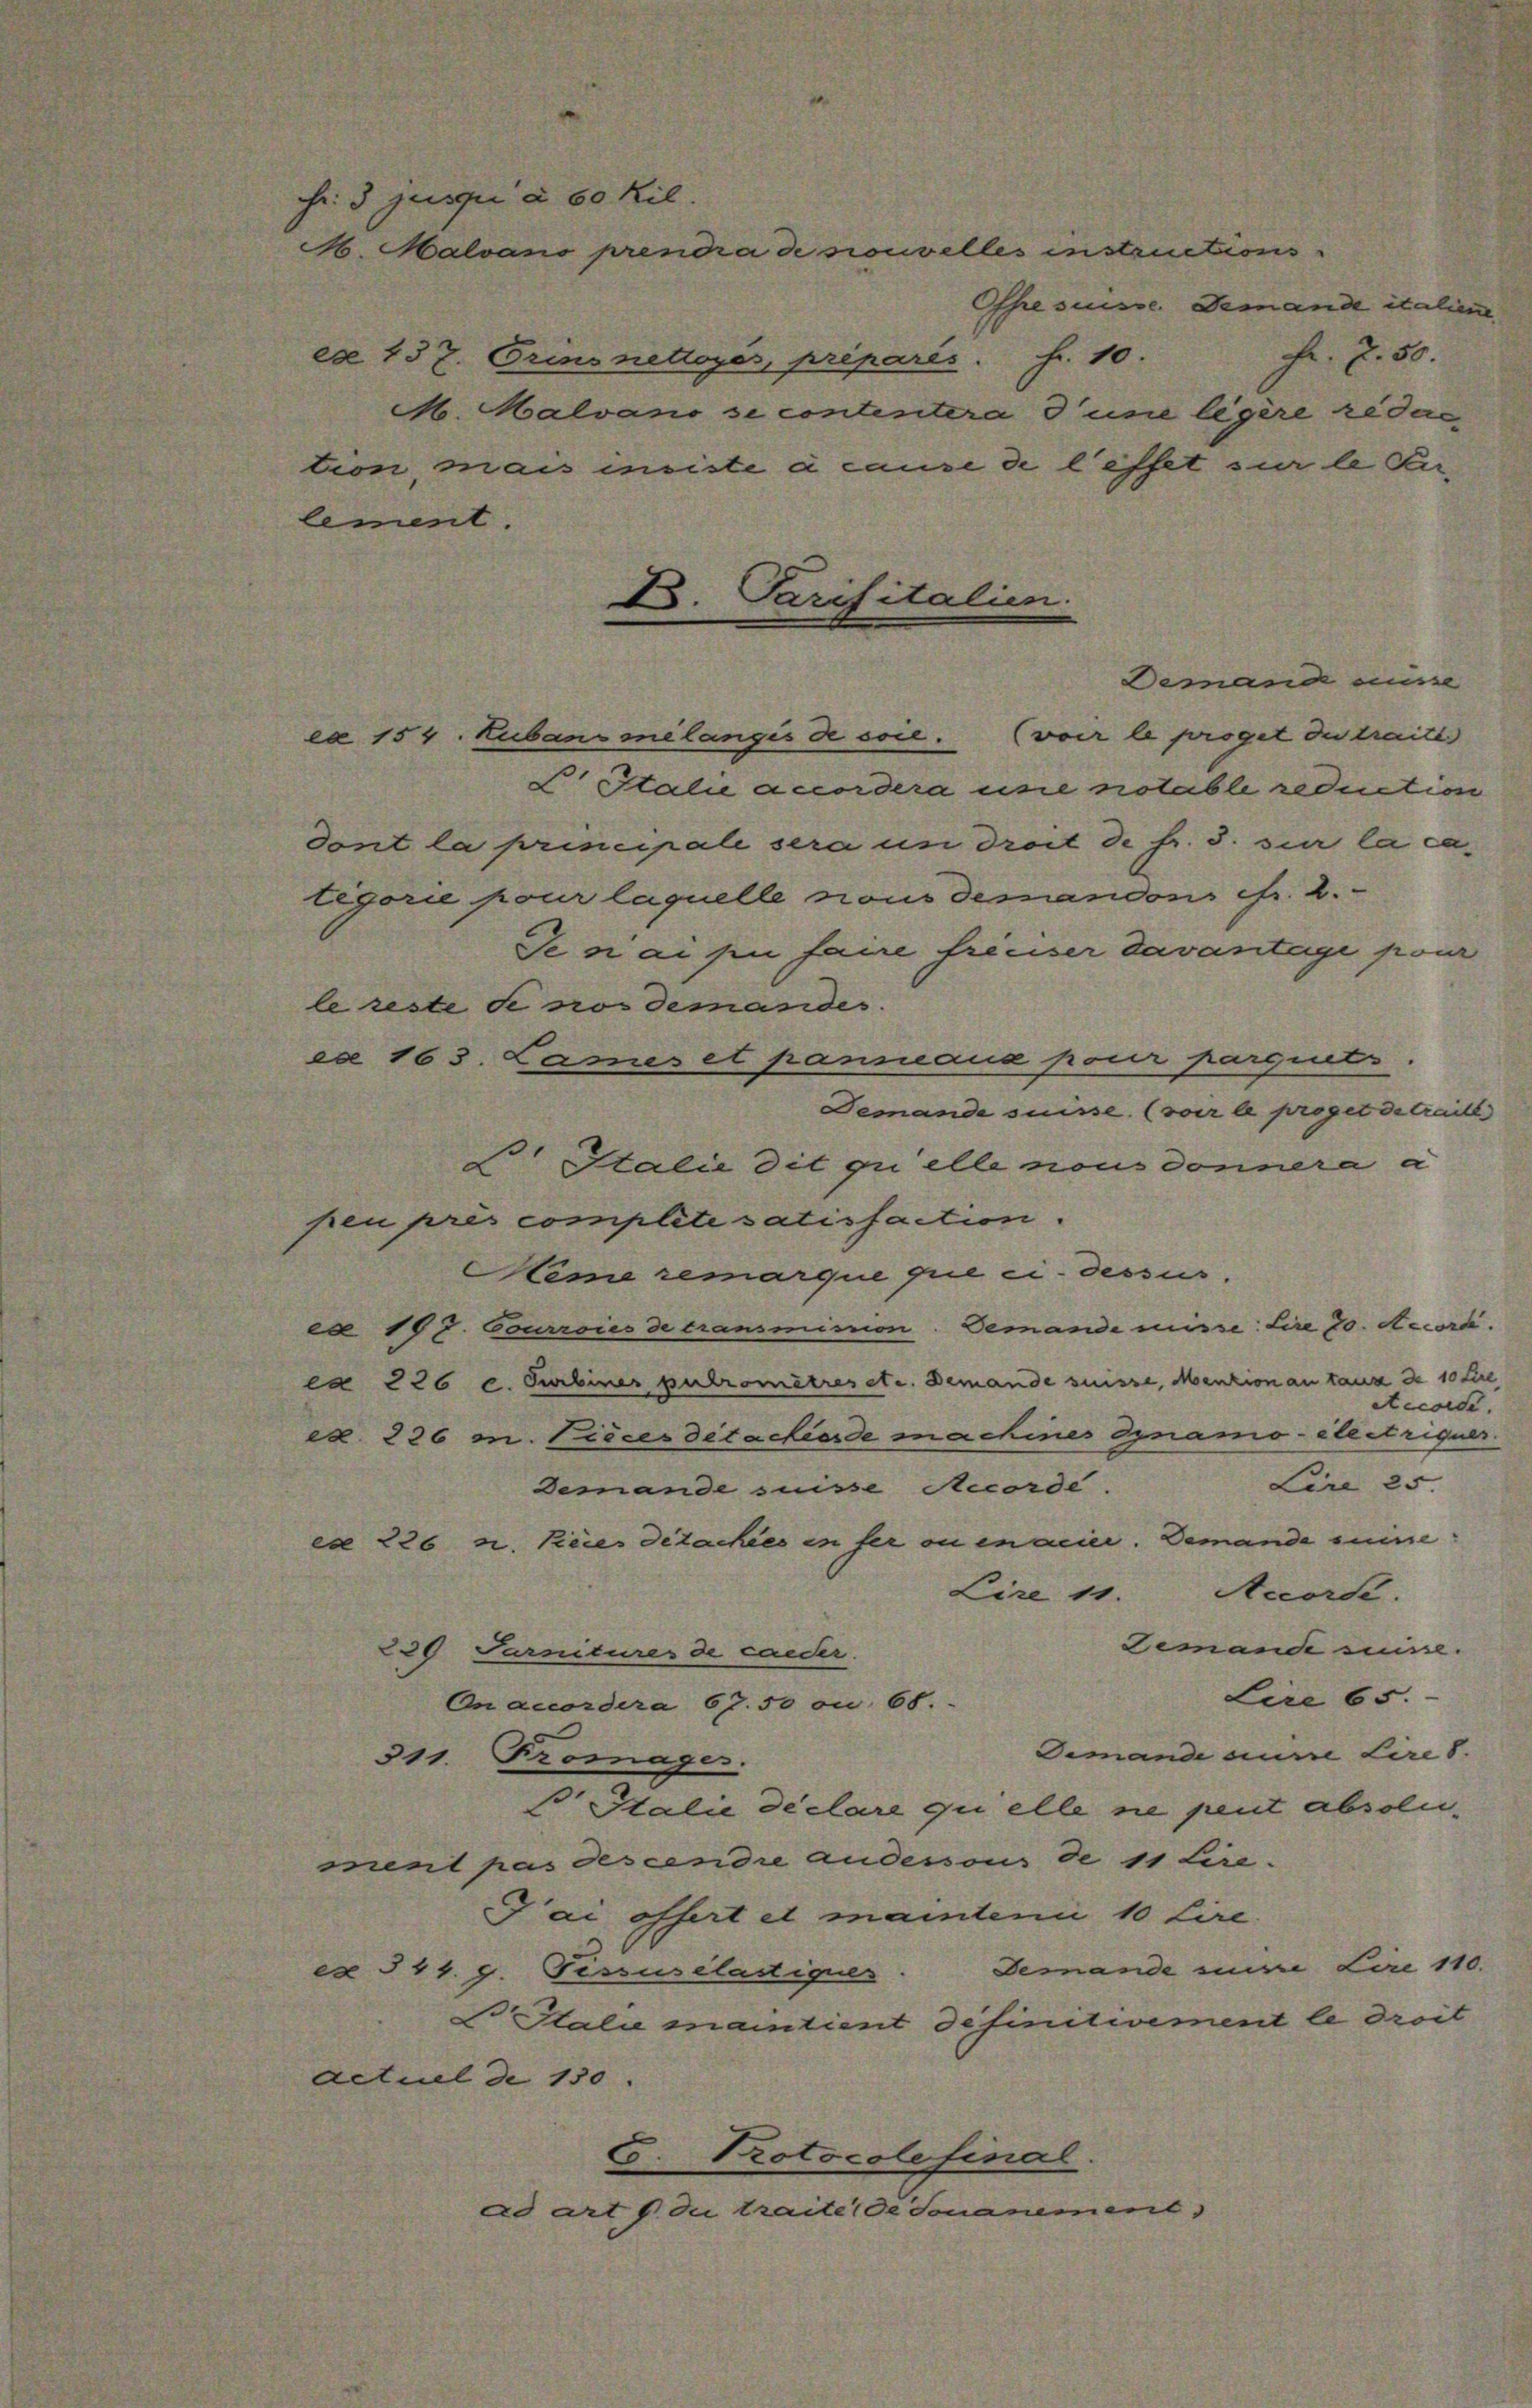
Fr. 3 jusqui à 60 Kil
A. Malvano prendra de souvelles instructions
Ohre suisse. Demand italien
Fr. 7. 50.
ex 137. Orins nettoyés, préparés. Fr. 10.
M. Malvano se contentera d’une ligere redac
tion mais insiste à cause de l’effet sur le Perlement.
Demand misse
ex 154. Huban melanges de soie. (voir le proget du treite
Pistali accordera une notabli reduction
dont la principale sera un dreit de fr. 3. zier la categorie pour laquelle nous demandon fr. 2.
Se si ai pii faire freiser davantage pour
le reste de sos demandes.
ex 163. Lames et panmana pour pargnetes.
Demande suisse. (voir le projet de trait
K. Italie dit qui elle nous donnera a
pen près complete satisfaction.
Neme remarque que ci-dessus.
ca 193. Courroies de transmission. Jemande müsse: Lire 20. Accord.
ca 226 c. Carlines putromètres etc. Demande suisse, Menzion an tanz de 10 Lire
Accorde.
ca. 226 m. Pieces détachierde machines dynamo-électriquer
Lire 25.
demande suisse Mecorde.
ex 226 n. Keies detackes in fer ou enacier. Demande eine
Lire 11. Auors.
Jemande müsse.
220 Farnitures de caeder.
Lire 65.
On accordera 67. 50 on 68.
Demande ausre Lire d.
311. Fromager.
s Italie declare qui elle ne peut absolument pas descendre andessous de 11 Lire.
Fai offert et maintenii 10 Lire.
e 544. g. Pessuselastiquer. Demande mir Lire 110.
Itali maintient definitivement le droit
actuel de 150.
C. Protocolesinal.
ad art du traite de Jonanement

B. Parisitalien.